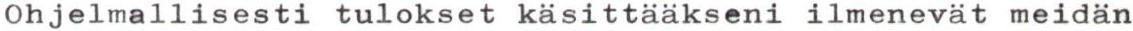
Ohjelmallisesti tulokset käsittääkseni ilmenevat meidän